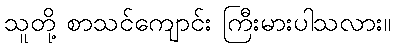
သူတို့ စာသင်ကျောင်း ကြီးမားပါသလား။